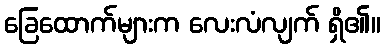
ခြေထောက်များက လေးလံလျက် ရှိ၏။